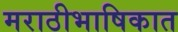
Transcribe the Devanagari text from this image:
मराठीभाषिकात